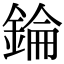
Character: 錀